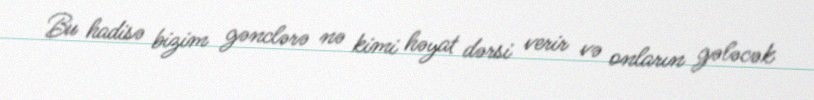
Bu hadisə bizim gənclərə nə kimi həyat dərsi verir və onların gələcək